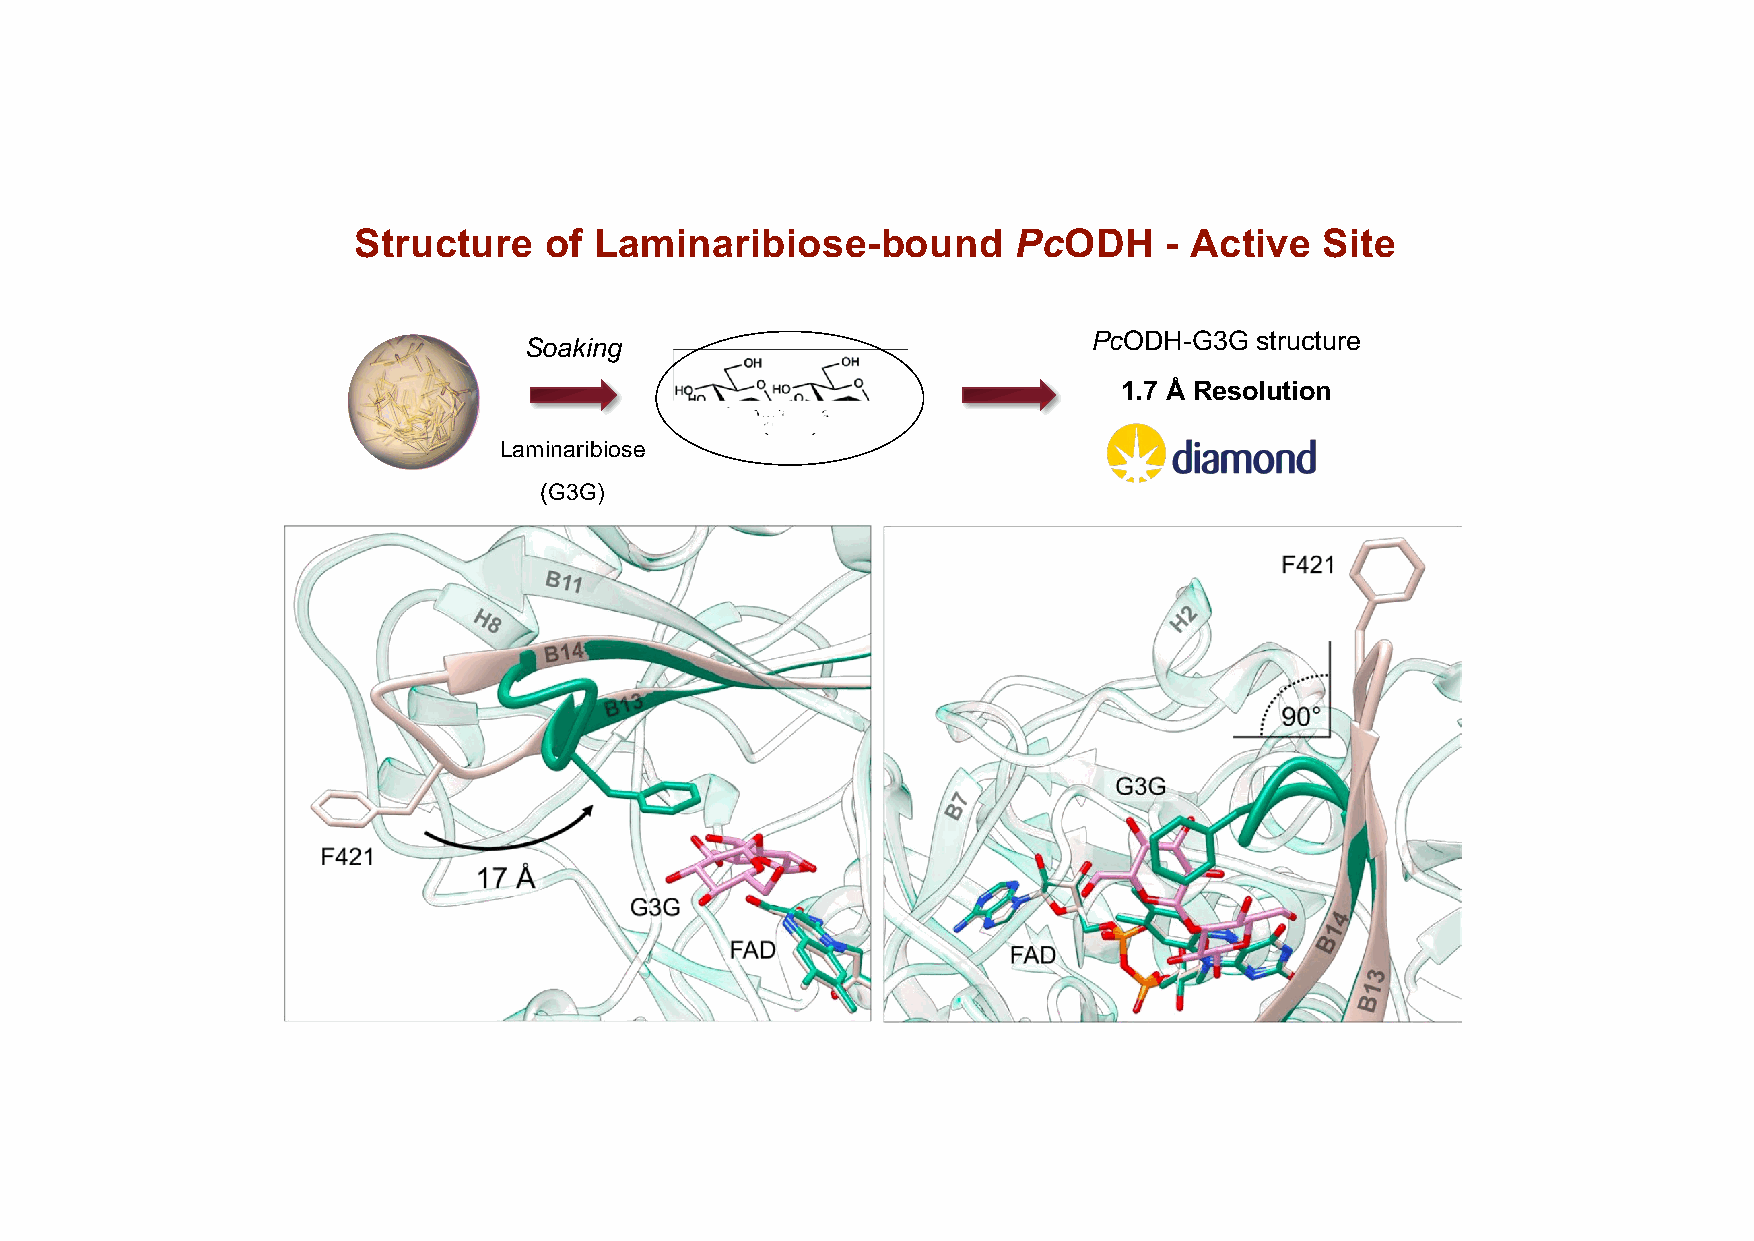
Structure    of Laminaribiose-bound         PcODH     - Active   Site
 PcODH-G3G  structure
 Soaking
 1.7 Å Resolution
 Laminaribiose
 (G3G)